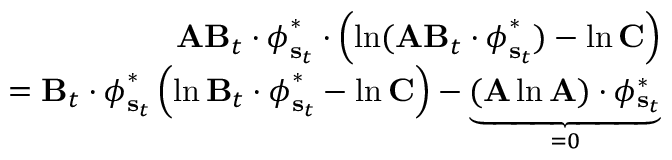
\begin{array} { r } { \mathbf { A } \mathbf { B } _ { t } \cdot \boldsymbol { \phi } _ { \mathbf { s } _ { t } } ^ { * } \cdot \left( \ln ( \mathbf { A } \mathbf { B } _ { t } \cdot \boldsymbol { \phi } _ { \mathbf { s } _ { t } } ^ { * } ) - \ln \mathbf { C } \right) } \\ { = \mathbf { B } _ { t } \cdot \boldsymbol { \phi } _ { \mathbf { s } _ { t } } ^ { * } \left( \ln \mathbf { B } _ { t } \cdot \boldsymbol { \phi } _ { \mathbf { s } _ { t } } ^ { * } - \ln \mathbf { C } \right) - \underbrace { ( \mathbf { A } \ln \mathbf { A } ) \cdot \boldsymbol { \phi _ { \mathbf { s } _ { t } } ^ { * } } } _ { = 0 } } \end{array}